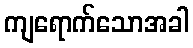
ကျရောက်သောအခါ